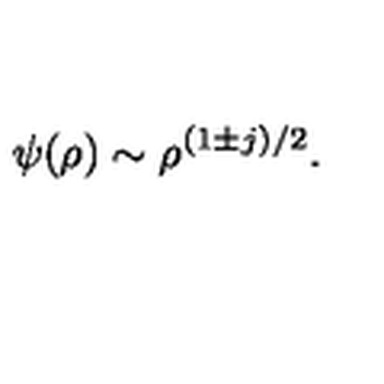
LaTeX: \psi ( \rho ) \sim \rho ^ { ( 1 \pm j ) / 2 } .